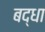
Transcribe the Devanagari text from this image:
बद्धा